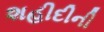
શહીદીની